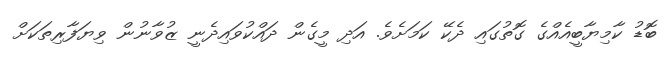
ބޮޑު ކާމިޔާބީއެއްގެ ގޮތުގައި ދެކޭ ކަމަށެވެ. އަދި މީގެން ދައްކުވައިދެނީ ޒުވާނުން ވިޔަފާރިތަކަށް